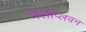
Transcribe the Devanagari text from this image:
जलाप्लवन